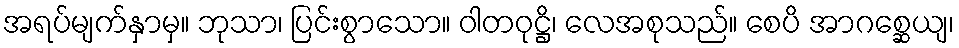
အရပ်မျက်နှာမှ။ ဘုသာ၊ ပြင်းစွာသော။ ဝါတဝုဋ္ဌိ၊ လေအစုသည်။ စေပိ အာဂစ္ဆေယျ၊